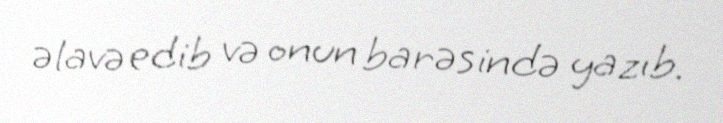
əlavə edib və onun barəsində yazıb.